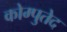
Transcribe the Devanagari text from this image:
कोम्पुतेद